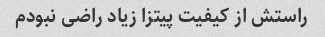
راستش از کیفیت پیتزا زیاد راضی نبودم